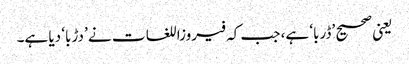
یعنی صحیح ’ڈربا‘ ہے، جب کہ فیروزاللغات نے ’دڑبا‘ دیا ہے۔